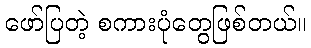
ဖော်ပြတဲ့ စကားပုံတွေဖြစ်တယ်။